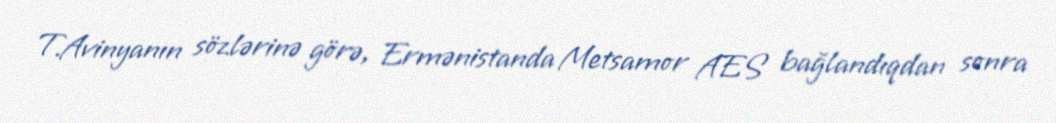
T.Avinyanın sözlərinə görə, Ermənistanda Metsamor AES bağlandıqdan sonra